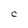
Character: C